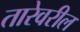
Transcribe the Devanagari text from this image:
तारेवरील